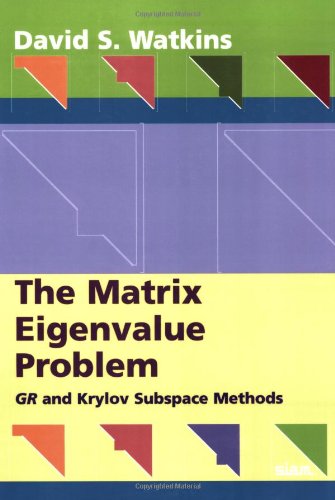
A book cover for The Matrix Eigenvalue Problem: GR and Krylov Subspace Methods; David S. Watkins; Science & Math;